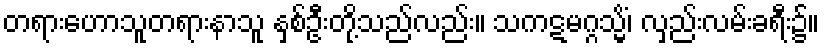
တရားဟောသူတရားနာသူ နှစ်ဦးတို့သည်လည်း။ သကဋမဂ္ဂသ္မိံ၊ လှည်းလမ်းခရီး၌။